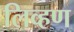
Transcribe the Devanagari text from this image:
लिव्हण